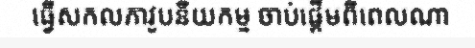
ធ្វើសកលភាវូបនីយកម្ម ចាប់ផ្តើមពីពេលណា